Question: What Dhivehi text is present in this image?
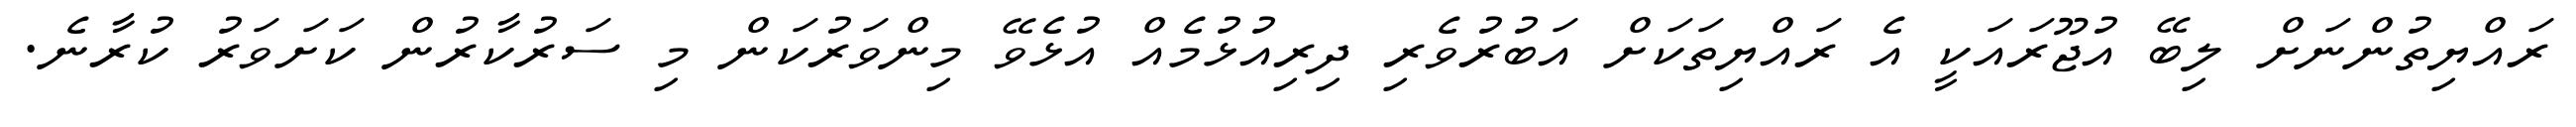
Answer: ރައްޔިތުންނަށް ލިބޭ އުޖޫރައަކީ އެ ރައްޔިތަކަށް އަބުރުވެރި ދިރިއުޅުމެއް އުޅެވޭ މިންވަރުކަން މި ސަރުކާރުން ކަށަވަރު ކުރާނެ.